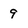
Character: 9